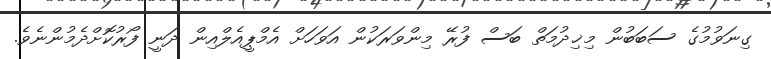
ގިނަވުމުގެ ސަބަބުން މިޚިދުމަތް ބަސް ފުރޭ މިންވަރަކުން އަވަހަށް އެމްޕީއެލްއިން ދަނީ ފޯރުކޮށްދެމުންނެވެ.